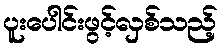
ပူးပေါင်းဖွင့်လှစ်သည့်